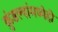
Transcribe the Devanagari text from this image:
कुंडल्यांमध्येही